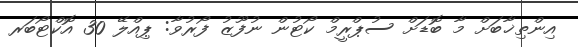
އިންތިޚާބަށް މާ ބޮޑަށް ސުޕްރީމް ކޯޓުން ނުފޫޒު ފޯރުވާ: ޕިއްލޭ 30 އޮކްޓޯބަރ